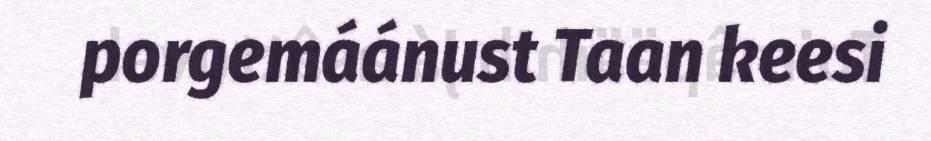
porgemáánust Taan keesi